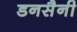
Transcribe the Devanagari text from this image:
डनसैनी